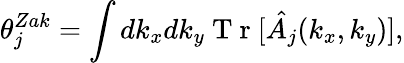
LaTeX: \theta_{j}^{Zak}=\int dk_{x}dk_{y}\mathrm{~T~r~}[\hat{A_{j}}(k_{x},k_{y})],